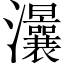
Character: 㶞